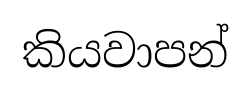
කියවාපන්